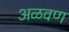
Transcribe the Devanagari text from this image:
अळवण